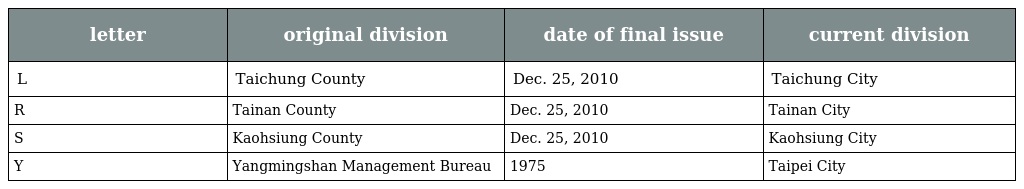
| letter | original division | date of final issue | current division |
 | --- | --- | --- | --- |
 | L | Taichung County | Dec. 25, 2010 | Taichung City |
 | R | Tainan County | Dec. 25, 2010 | Tainan City |
 | S | Kaohsiung County | Dec. 25, 2010 | Kaohsiung City |
 | Y | Yangmingshan Management Bureau | 1975 | Taipei City |